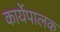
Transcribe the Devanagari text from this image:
कार्येपालक